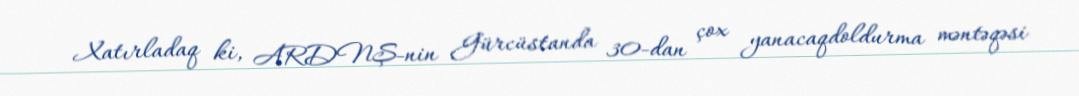
Xatırladaq ki, ARDNŞ-nin Gürcüstanda 30-dan çox yanacaqdoldurma məntəqəsi